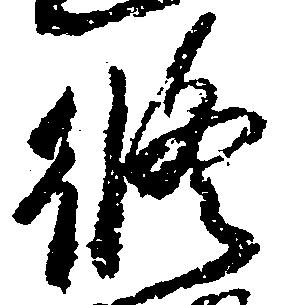
修